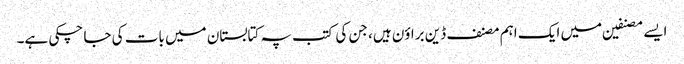
ایسے مصنفین میں ایک اہم مصنف ڈین براؤن ہیں، جن کی کتب پہ کتابستان میں بات کی جا چکی ہے۔